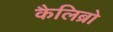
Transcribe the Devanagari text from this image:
कैलिब्रो